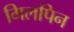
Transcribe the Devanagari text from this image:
गिलपिन